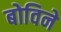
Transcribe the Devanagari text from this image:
बोविने